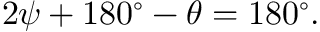
2 \psi + 1 8 0 ^ { \circ } - \theta = 1 8 0 ^ { \circ } .